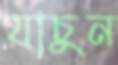
যাচুন